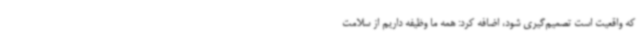
که واقعیت است تصمیم‌گیری شود، اضافه کرد: همه ما وظیفه داریم از سلامت